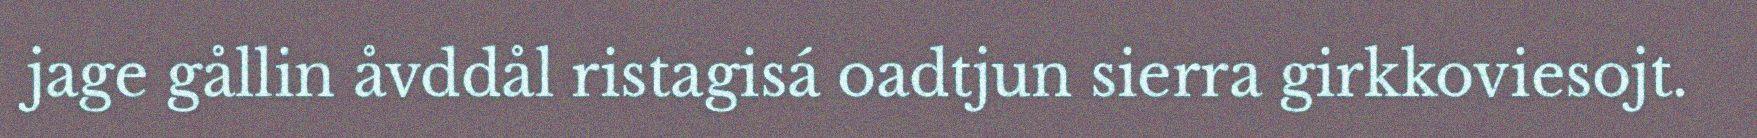
jage gållin åvddål ristagisá oadtjun sierra girkkoviesojt.